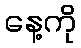
နေ့ကို